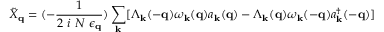
{ \tilde { X } } _ { { \bf { q } } } = ( - \frac { 1 } { 2 \mathrm { ~ } i \mathrm { ~ } N \mathrm { ~ } \epsilon _ { { \bf { q } } } } ) \sum _ { { \bf { k } } } [ \Lambda _ { { \bf { k } } } ( - { \bf { q } } ) \omega _ { { \bf { k } } } ( { \bf { q } } ) a _ { { \bf { k } } } ( { \bf { q } } ) - \Lambda _ { { \bf { k } } } ( { \bf { q } } ) \omega _ { { \bf { k } } } ( - { \bf { q } } ) a _ { { \bf { k } } } ^ { \dagger } ( - { \bf { q } } ) ]